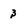
Character: 3